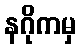
နဂိုကမှ